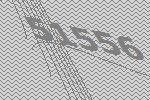
51556